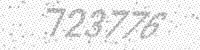
Solution: 723776